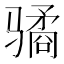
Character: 𱅫